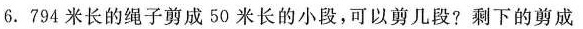
6.794米长的绳子剪成50米长的小段，可以剪几段?剩下的剪成